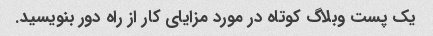
یک پست وبلاگ کوتاه در مورد مزایای کار از راه دور بنویسید.